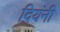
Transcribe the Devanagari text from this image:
दियंनी